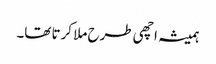
ہمیشہ اچھی طرح ملا کرتا تھا۔